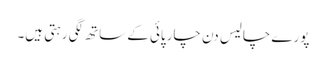
پورے چالیس دن چارپائی کے ساتھ لگی رہتی ہیں۔